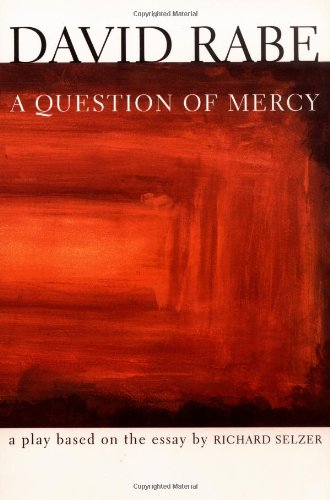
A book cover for A Question of Mercy: A Play Based on the Essay by Richard Selzer (Rabe, David); David Rabe; Literature & Fiction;